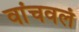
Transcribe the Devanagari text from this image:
वांचवलं